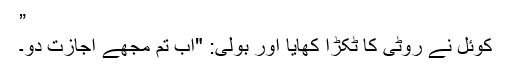
”
کوئل نے روٹی کا ٹکڑا کھایا اور بولی: "اب تم مجھے اجازت دو۔